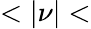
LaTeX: <|\nu|<